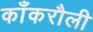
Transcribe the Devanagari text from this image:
काँकरौली